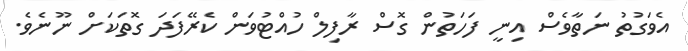
އެވަގުތު ނަތާވެސް އިނީ ފަހަތުން ގޮސް ރާފިލް ހުއްޓުވަން ކެރޭފަދަ ގޮތަކަށް ނޫނެވެ.